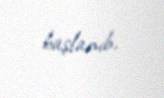
başlanıb.